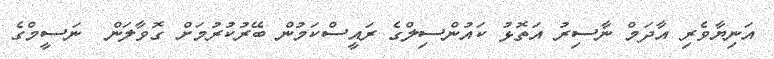
އަނިޔާވެރި އާދަމް ނާސިރު އަތޮޅު ކައުންސިލްގެ ރައީސްކަމުން ބޭރުކުރުމަށް ގޮވާލަން  ނަސީމްގެ